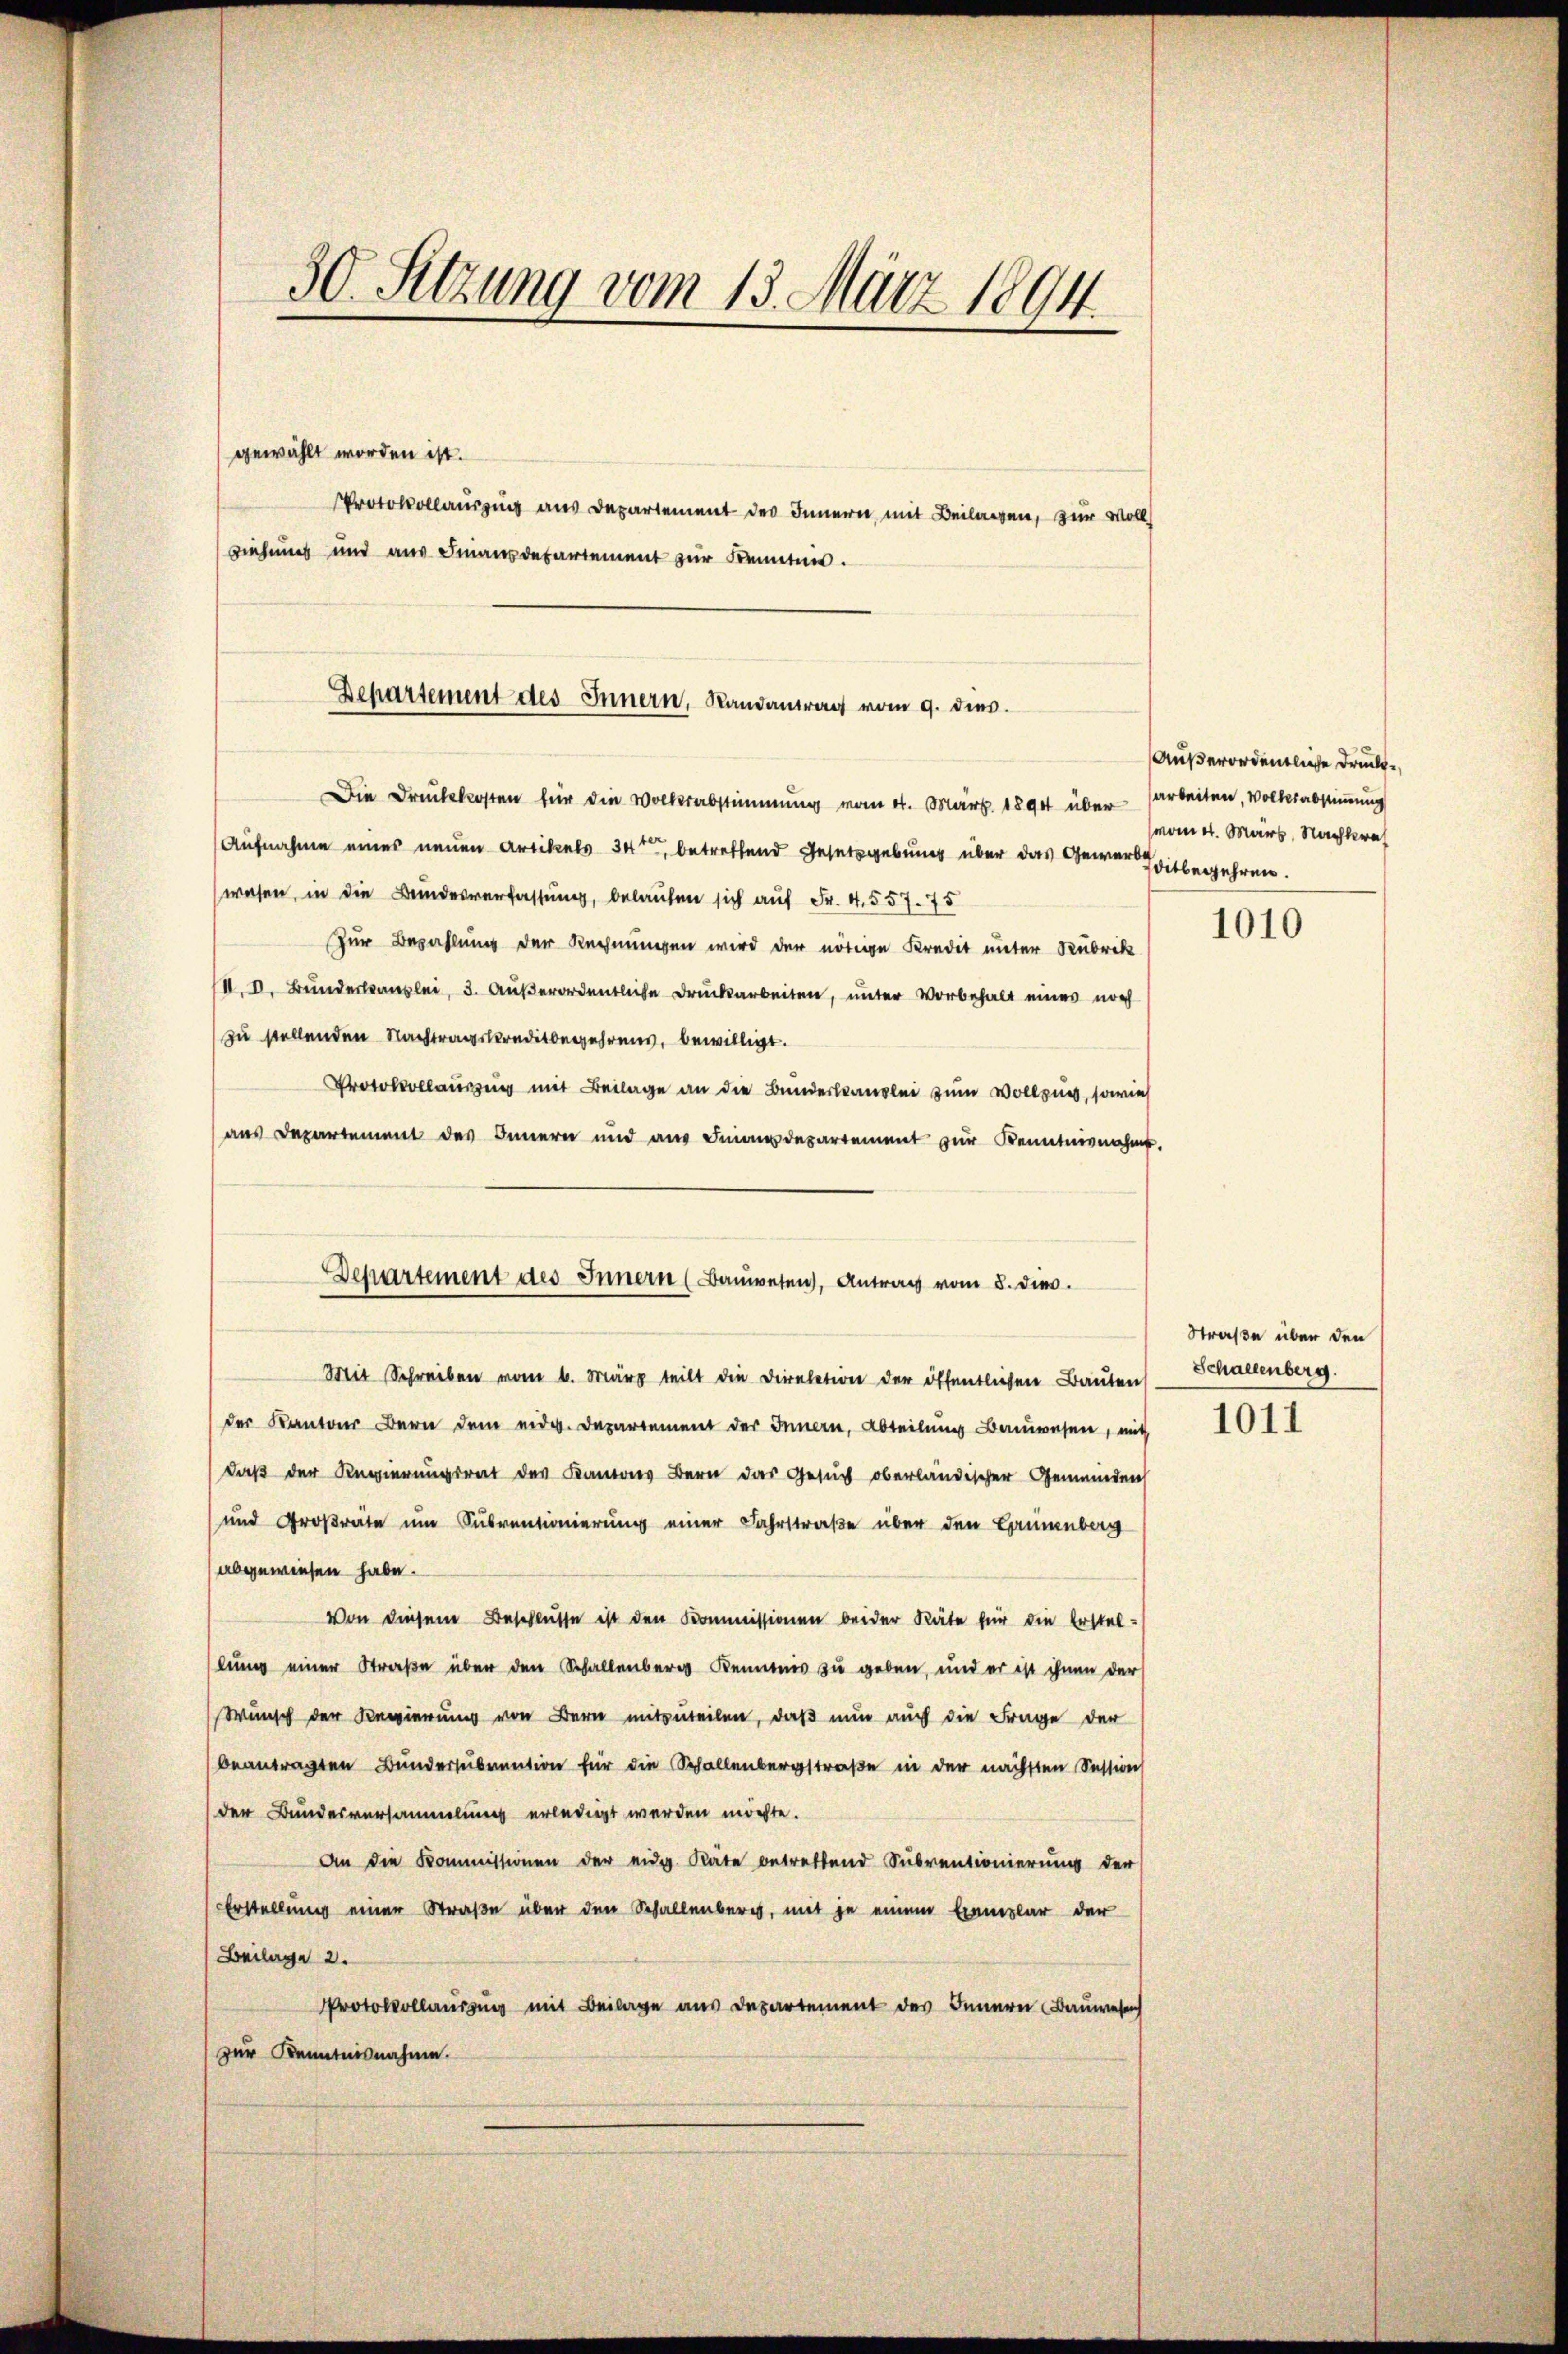
30. Setzung vom 13. März 1894.

gewählt worden ist.
Protokollauszug aus Departement des Innern mit Beilagen, zur Voll
riehung und aus Finanzdepartement zur Kennten.

Departement des Innern, Randantrag vom 9. dies

Die Druckkosten für die Volksabstimmung vom 4. März 1890 über arbeiten, Volksabstimmung
Aufnahme eines neuen Artikels 34, betreffend Gesetzgebung über das Gewereitbegehren.
wesen, in die Bundesverfassung, belaufen sich auf Fr. 4. 557. 75
Zur Bezahlung der Rechnungen wird der nötige Kredit unter Rubrik
III. V. Bunderbauslei, 3. Außerordentliche Druckarbeiten, unter Vorbehalt eines noch
zu stellenden Nachtragskreditbegehrens, bewilligt.
Pro mit Beilage an die Bunderkanzlei zum Vollzues, sowie
aus Departement des Innern und aus Finanzdepartement zur Kenntnisnahm.
Mit Schreiben vom 6. März teilt die Direktion der öffentlichen Bauten
der Kantons Bern dem eidg. Departement der Innern, Abteilung Bauwesen, mit
daß der Regierungsrat des Kantons Bern das Gesuch oberländischer Gemeinden
und Großrate um Subventionierung einer Fahrstraße über den Bannenbarg
abgewiesen habe.
Von diesem Beschlüsse ist den Kommissionen beider Räte für die Erstellung einer Straße über den Schallenberg Kenntnis zu geben, und er ist ihnen der
Wunsch der Regierung von Bern mitzuteilen, daß nun auch die Frage der
beantragten Bundersŭbvention für die Schallenbergstraße in der nächsten Session
der Bundesversammlung erledigt werden möchte.
An die Kommissionen der eidg. Räte betreffend Subventionierung der
Erstellung einer Straße über den Schallenberg, mit je einem Exemplar der
Beilage 2.
Protokollausung mit Beilage aus Departement des Innerei Bauwesen
zur Kenntnisnahme.

Departement des Innern (Bauwesen, Antrag vom 8. dies

Außerordentliche Drucke
mont. März, Nachkraf

1010

Straße über den
Schallenberg.

1011